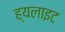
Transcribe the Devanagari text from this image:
ह्यलाइट